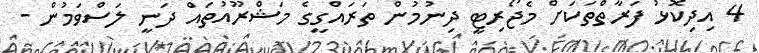
4 އިދިކޮޅު ފަރާތްތަކަށް މެޖޯރިޓީ ދިނުމުން ތަރައްގީގެ މަޝްރޫއުތައް ދަނީ ލަސްވަމުން -